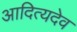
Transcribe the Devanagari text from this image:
आदित्यदेव